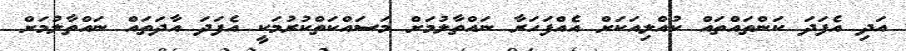
އަދި އެފަދަ ކަންތައްތައް ކުއްލިއަކަށް އެއްފަހަރާ ނައްތާލުމަށް މަސައްކަތްކުރުމަކީ އެފަދަ އާދަތައް ނައްތާލުމަށް